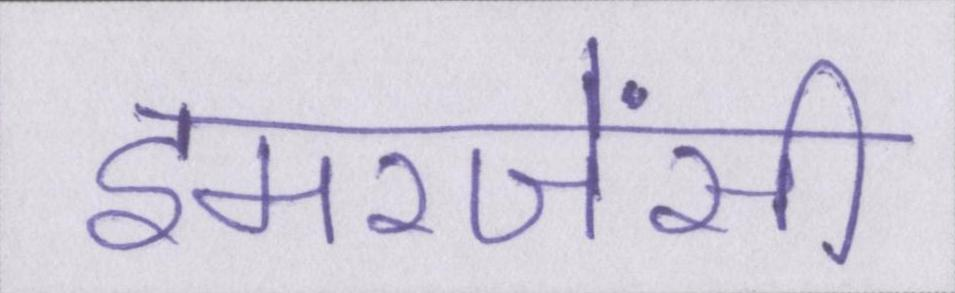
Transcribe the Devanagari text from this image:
इमरजेंसी